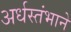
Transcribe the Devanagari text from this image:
अर्धस्तंभाने